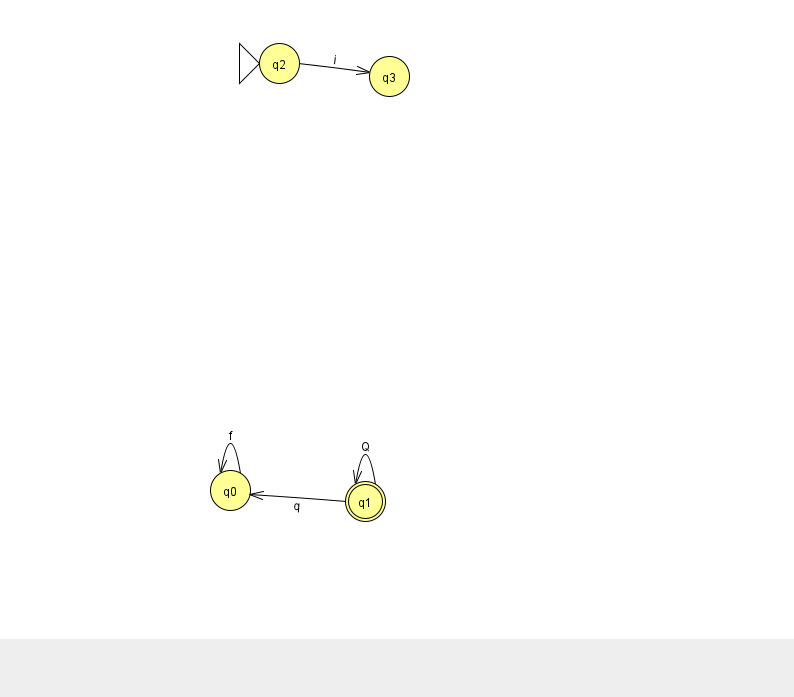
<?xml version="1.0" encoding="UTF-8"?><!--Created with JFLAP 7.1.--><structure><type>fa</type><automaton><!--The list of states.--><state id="0" name="q0"><x>230.0</x><y>477.0</y></state><state id="1" name="q1"><x>365.0</x><y>488.0</y><final/></state><state id="2" name="q2"><x>279.0</x><y>50.0</y><initial/></state><state id="3" name="q3"><x>389.0</x><y>63.0</y></state><!--The list of transitions.--><transition><from>1</from><to>1</to><read>Q</read></transition><transition><from>0</from><to>0</to><read>f</read></transition><transition><from>2</from><to>3</to><read>i</read></transition><transition><from>1</from><to>0</to><read>q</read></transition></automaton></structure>